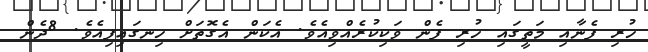
ހުރި ފެނާއި މަތީގައި ހުރި ފެން ވަކިކުރެއްވިއެވެ. އެކަން އެގޮތަށް ހިނގައިފިއެވެ. 8ދެން